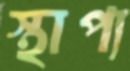
স্থাপ্য